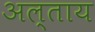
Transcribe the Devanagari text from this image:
अल्ताय